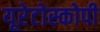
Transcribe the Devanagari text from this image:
यूरेटोस्कोपी